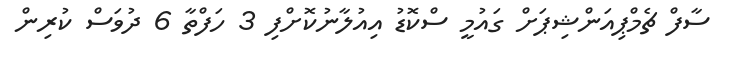
ސާފް ޗެމްޕިއަންޝިޕަށް ގައުމީ ސްކޮޑު އިއުލާނުކޮށްފި 3 ހަފްތާ 6 ދުވަސް ކުރިން